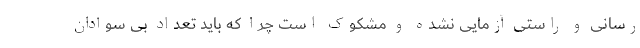
رسانی و راستی آزمایی نشده و مشکوک است چرا که باید تعداد بی سوادان